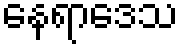
နေရာဒေသ